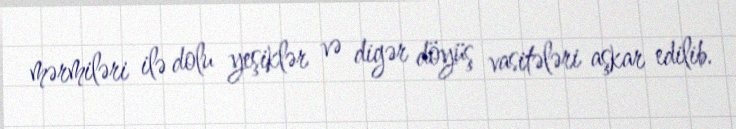
mərmiləri ilə dolu yeşiklər və digər döyüş vasitələri aşkar edilib.